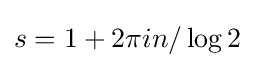
s=1+2\pi in/\log 2